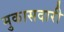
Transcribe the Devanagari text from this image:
मुकासदारी